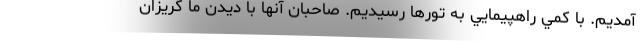
آمديم. با كمي راهپيمايي به تورها رسيديم. صاحبان آنها با ديدن ما گريزان